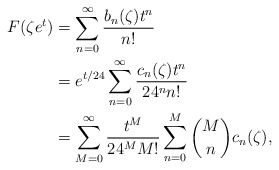
\begin{align*} F(\zeta e^t) &= \sum_{n=0}^\infty \frac{b_n(\zeta)t^n}{n!} \\ &= e^{t/24}\sum_{n=0}^\infty \frac{c_n(\zeta)t^n}{24^nn!} \\ & = \sum_{M=0}^\infty \frac{t^M}{24^MM!}\sum_{n=0}^M \binom{M}{n}c_n(\zeta), \end{align*}